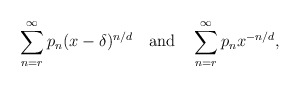
\begin{align*}\sum_{n=r}^\infty p_n (x-\delta)^{n/d}\quad\textup{and}\quad\sum_{n=r}^\infty p_n x^{-n/d},\end{align*}